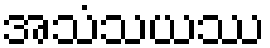
အသံသယဿ